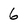
Character: 6